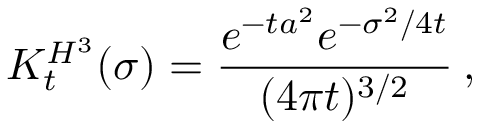
K _ { t } ^ { H ^ { 3 } } ( \sigma ) = \frac { e ^ { - t a ^ { 2 } } e ^ { - \sigma ^ { 2 } / 4 t } } { ( 4 \pi t ) ^ { 3 / 2 } } \: , \nonumber